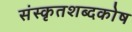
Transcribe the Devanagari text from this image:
संस्कृतशब्दकोष